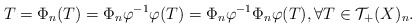
\begin{align*}T= \Phi_n(T) = \Phi_n\varphi^{-1}\varphi(T) = \Phi_n\varphi^{-1}\Phi_n\varphi(T), \forall T \in \mathcal{T}_+(X)_n.\end{align*}